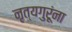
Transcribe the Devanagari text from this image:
नृत्यगुरूंना